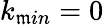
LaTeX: k_{\mathfrak{m}in}=0